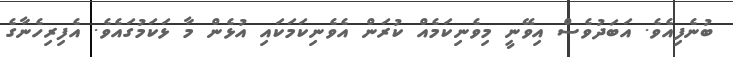
ބުނެފިއެވެ. އަބަދުވެސް އިވޭނީ މިވެނިކަމެއް ކުރަން އެވެނިކަމަކައި އުޅެން މާ ޅަކަމުގައެވެ. އެފިރިހެނާގެ